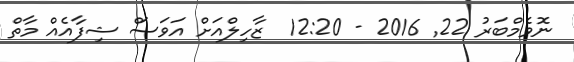
ނޮވެމްބަރު 22